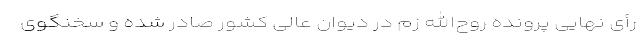
رأی نهایی پرونده روح‌الله زم در دیوان عالی کشور صادر شده و سخنگوی